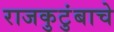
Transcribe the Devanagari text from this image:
राजकुटुंबाचे